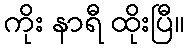
ကိုး နာရီ ထိုးပြီ။